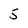
Character: 5